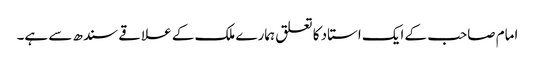
امام صاحب کے ایک استاد کا تعلق ہمارے ملک کے علاقے سندھ سے ہے۔